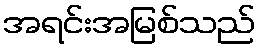
အရင်းအမြစ်သည်